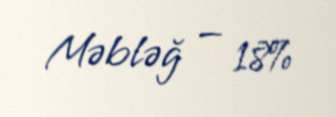
Məbləğ — 18%